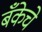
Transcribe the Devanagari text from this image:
बँकेचे